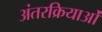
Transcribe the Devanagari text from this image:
अंतरक्रियाओं